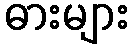
ဓားများ